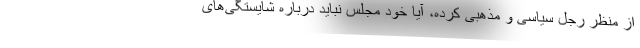
از منظر رجل سیاسی و مذهبی کرده، آیا خود مجلس نباید درباره شایستگی‌های